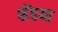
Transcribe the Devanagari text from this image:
शेंडया